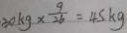
3 0 k g \times \frac { 9 } { 2 6 } = 4 5 k g